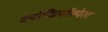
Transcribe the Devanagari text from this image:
क्योंकिगॉस्पेल